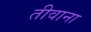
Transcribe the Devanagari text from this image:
तीवाना